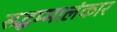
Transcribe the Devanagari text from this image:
सद्धम्मालंकार